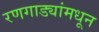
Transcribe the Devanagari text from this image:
रणगाड्यांमधून